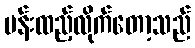
ပန်းထည့်လိုက်တော့သည်